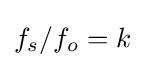
f_{s}/f_{o}=k